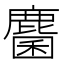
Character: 麕